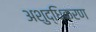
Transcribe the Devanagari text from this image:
अशुद्धिकरण